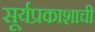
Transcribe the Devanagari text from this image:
सूर्यप्रकाशाची